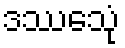
ဒဿေသုံ